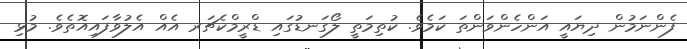
ފެންނަމުން ދިޔައީ އަންހެންވަންތަ ކަމެވެ. ކުތިމަތީ ލޯގަނޑުގައި ޑްރީމްކެޗަރ އެއް އެލުވާފައިއޮތެވެ. މުޅި